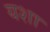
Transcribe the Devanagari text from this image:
यशा